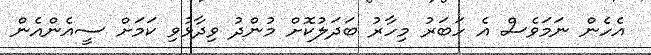
އެހެން ނަމަވެސް އެ ހަބަރު މިހާރު ބަދަލުކޮށް މުންދު ވިދާޅުވި ކަމަށް ސީއެންއެން